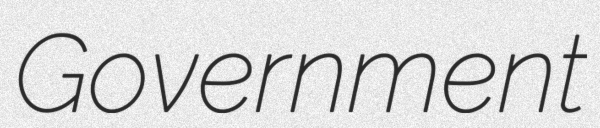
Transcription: Government